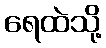
ရေထဲသို့